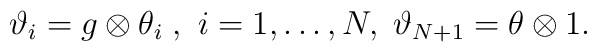
\vartheta_{i}=g\otimes \theta_{i}\; ,\ i=1,\dots ,N, \;\vartheta_{N+1}=\theta\otimes 1 .